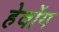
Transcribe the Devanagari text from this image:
हेवोंग